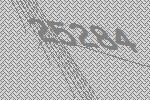
25284